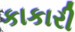
કાકારી